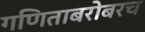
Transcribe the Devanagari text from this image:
गणिताबरोबरच